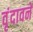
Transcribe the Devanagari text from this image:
वृंदावने